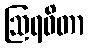
ဩရဝိတာ